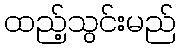
ထည့်သွင်းမည်